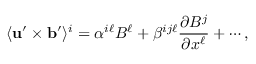
\langle { { \bf { u } } ^ { \prime } \times { \bf { b } } ^ { \prime } } \rangle ^ { i } = \alpha ^ { i \ell } B ^ { \ell } + \beta ^ { i j \ell } \frac { \partial B ^ { j } } { \partial x ^ { \ell } } + \cdots ,